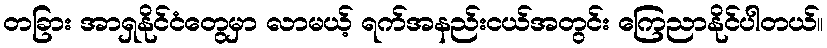
တခြား အာရှနိုင်ငံတွေမှာ လာမယ့် ရက်အနည်းငယ်အတွင်း ကြေညာနိုင်ပါတယ်။